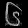
Digit: ၆